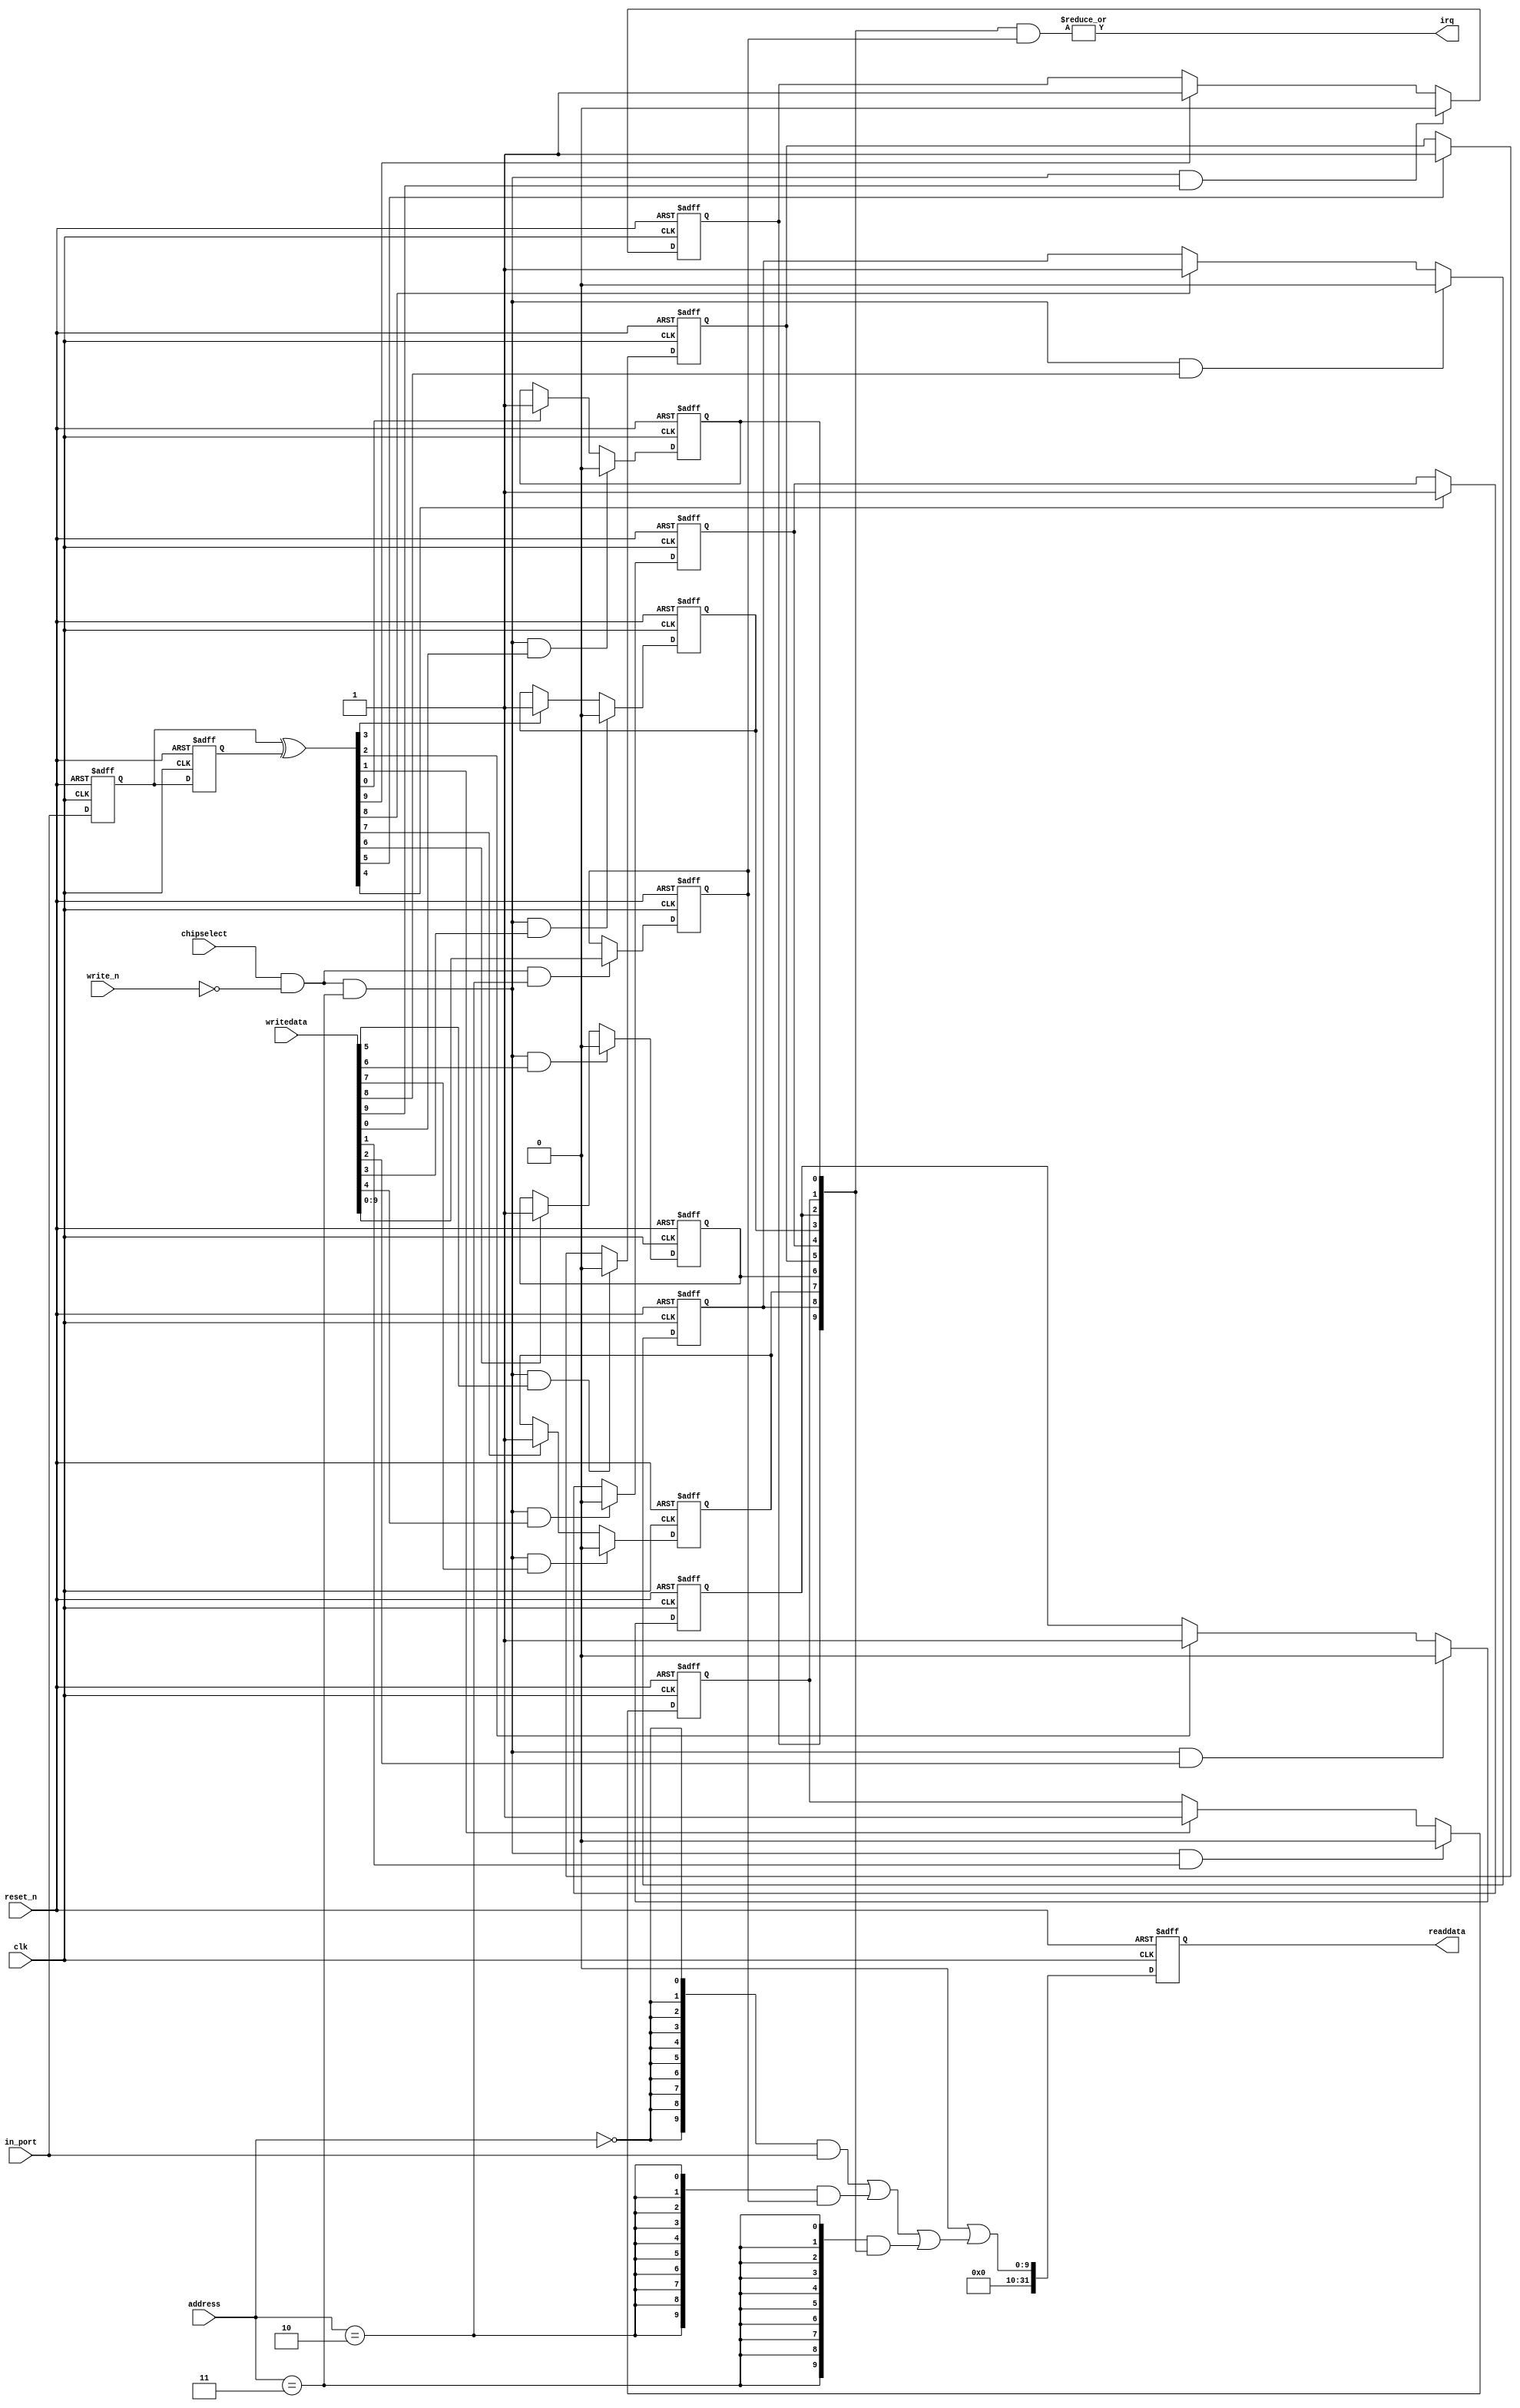
module soc_system_dipsw_pio_1 (
                               address,
                               chipselect,
                               clk,
                               in_port,
                               reset_n,
                               write_n,
                               writedata,
                               irq,
                               readdata
                            )
;
  output           irq;
  output  [ 31: 0] readdata;
  input   [  1: 0] address;
  input            chipselect;
  input            clk;
  input   [  9: 0] in_port;
  input            reset_n;
  input            write_n;
  input   [ 31: 0] writedata;
wire             clk_en;
reg     [  9: 0] d1_data_in;
reg     [  9: 0] d2_data_in;
wire    [  9: 0] data_in;
reg     [  9: 0] edge_capture;
wire             edge_capture_wr_strobe;
wire    [  9: 0] edge_detect;
wire             irq;
reg     [  9: 0] irq_mask;
wire    [  9: 0] read_mux_out;
reg     [ 31: 0] readdata;
  assign clk_en = 1;
  assign read_mux_out = ({10 {(address == 0)}} & data_in) |
    ({10 {(address == 2)}} & irq_mask) |
    ({10 {(address == 3)}} & edge_capture);
  always @(posedge clk or negedge reset_n)
    begin
      if (reset_n == 0)
          readdata <= 0;
      else if (clk_en)
          readdata <= {32'b0 | read_mux_out};
    end
  assign data_in = in_port;
  always @(posedge clk or negedge reset_n)
    begin
      if (reset_n == 0)
          irq_mask <= 0;
      else if (chipselect && ~write_n && (address == 2))
          irq_mask <= writedata[9 : 0];
    end
  assign irq = |(edge_capture & irq_mask);
  assign edge_capture_wr_strobe = chipselect && ~write_n && (address == 3);
  always @(posedge clk or negedge reset_n)
    begin
      if (reset_n == 0)
          edge_capture[0] <= 0;
      else if (clk_en)
          if (edge_capture_wr_strobe && writedata[0])
              edge_capture[0] <= 0;
          else if (edge_detect[0])
              edge_capture[0] <= -1;
    end
  always @(posedge clk or negedge reset_n)
    begin
      if (reset_n == 0)
          edge_capture[1] <= 0;
      else if (clk_en)
          if (edge_capture_wr_strobe && writedata[1])
              edge_capture[1] <= 0;
          else if (edge_detect[1])
              edge_capture[1] <= -1;
    end
  always @(posedge clk or negedge reset_n)
    begin
      if (reset_n == 0)
          edge_capture[2] <= 0;
      else if (clk_en)
          if (edge_capture_wr_strobe && writedata[2])
              edge_capture[2] <= 0;
          else if (edge_detect[2])
              edge_capture[2] <= -1;
    end
  always @(posedge clk or negedge reset_n)
    begin
      if (reset_n == 0)
          edge_capture[3] <= 0;
      else if (clk_en)
          if (edge_capture_wr_strobe && writedata[3])
              edge_capture[3] <= 0;
          else if (edge_detect[3])
              edge_capture[3] <= -1;
    end
  always @(posedge clk or negedge reset_n)
    begin
      if (reset_n == 0)
          edge_capture[4] <= 0;
      else if (clk_en)
          if (edge_capture_wr_strobe && writedata[4])
              edge_capture[4] <= 0;
          else if (edge_detect[4])
              edge_capture[4] <= -1;
    end
  always @(posedge clk or negedge reset_n)
    begin
      if (reset_n == 0)
          edge_capture[5] <= 0;
      else if (clk_en)
          if (edge_capture_wr_strobe && writedata[5])
              edge_capture[5] <= 0;
          else if (edge_detect[5])
              edge_capture[5] <= -1;
    end
  always @(posedge clk or negedge reset_n)
    begin
      if (reset_n == 0)
          edge_capture[6] <= 0;
      else if (clk_en)
          if (edge_capture_wr_strobe && writedata[6])
              edge_capture[6] <= 0;
          else if (edge_detect[6])
              edge_capture[6] <= -1;
    end
  always @(posedge clk or negedge reset_n)
    begin
      if (reset_n == 0)
          edge_capture[7] <= 0;
      else if (clk_en)
          if (edge_capture_wr_strobe && writedata[7])
              edge_capture[7] <= 0;
          else if (edge_detect[7])
              edge_capture[7] <= -1;
    end
  always @(posedge clk or negedge reset_n)
    begin
      if (reset_n == 0)
          edge_capture[8] <= 0;
      else if (clk_en)
          if (edge_capture_wr_strobe && writedata[8])
              edge_capture[8] <= 0;
          else if (edge_detect[8])
              edge_capture[8] <= -1;
    end
  always @(posedge clk or negedge reset_n)
    begin
      if (reset_n == 0)
          edge_capture[9] <= 0;
      else if (clk_en)
          if (edge_capture_wr_strobe && writedata[9])
              edge_capture[9] <= 0;
          else if (edge_detect[9])
              edge_capture[9] <= -1;
    end
  always @(posedge clk or negedge reset_n)
    begin
      if (reset_n == 0)
        begin
          d1_data_in <= 0;
          d2_data_in <= 0;
        end
      else if (clk_en)
        begin
          d1_data_in <= data_in;
          d2_data_in <= d1_data_in;
        end
    end
  assign edge_detect = d1_data_in ^  d2_data_in;
endmodule